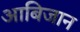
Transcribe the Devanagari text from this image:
आबिजान